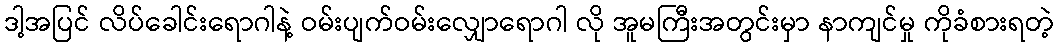
ဒါ့အပြင် လိပ်ခေါင်းရောဂါနဲ့ ဝမ်းပျက်ဝမ်းလျှောရောဂါ လို အူမကြီးအတွင်းမှာ နာကျင်မှု ကိုခံစားရတဲ့